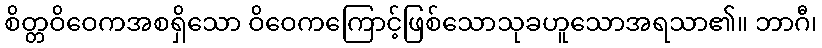
စိတ္တဝိဝေကအစရှိသော ဝိဝေကကြောင့်ဖြစ်သောသုခဟူသောအရသာ၏။ ဘာဂီ၊